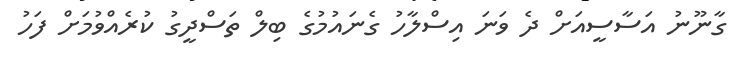
ގާނޫނު އަސާސީއަށް ދެ ވަނަ އިސްލާހު ގެނައުމުގެ ބިލް ތަސްދީގު ކުރެއްވުމަށް ފަހު